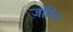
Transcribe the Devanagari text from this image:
ज़ॉरिन